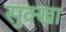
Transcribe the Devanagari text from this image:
सुक्खा